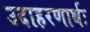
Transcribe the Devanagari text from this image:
उदाहरणार्थः